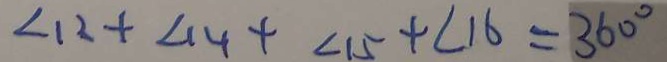
\angle 1 2 + \angle 1 4 + \angle 1 5 + \angle 1 6 = 3 6 0 ^ { \circ }